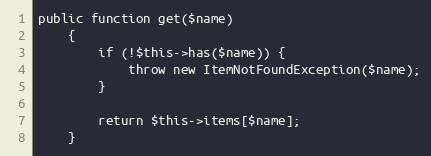
Language: PHP
public function get($name)
    {
        if (!$this->has($name)) {
            throw new ItemNotFoundException($name);
        }

        return $this->items[$name];
    }